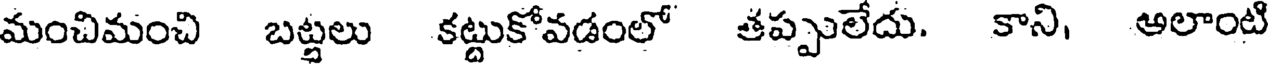
మంచిమంచి బట్టలు కట్టుకోవడంలో తప్పులేదు. కాని, అలాంటి